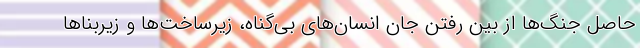
حاصل جنگ‌ها از بین رفتن جان انسان‌های بی‌گناه، زیرساخت‌ها‌ و زیربناها